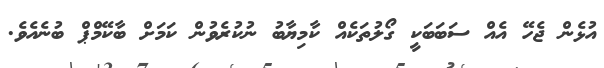
އުޅެން ޖެހޭ އެއް ސަބަބަކީ ގޯލުތަކެއް ކާމިޔާބު ނުކުރެވުން ކަމަށް ބާކޭމްޕް ބުނެއެވެ.